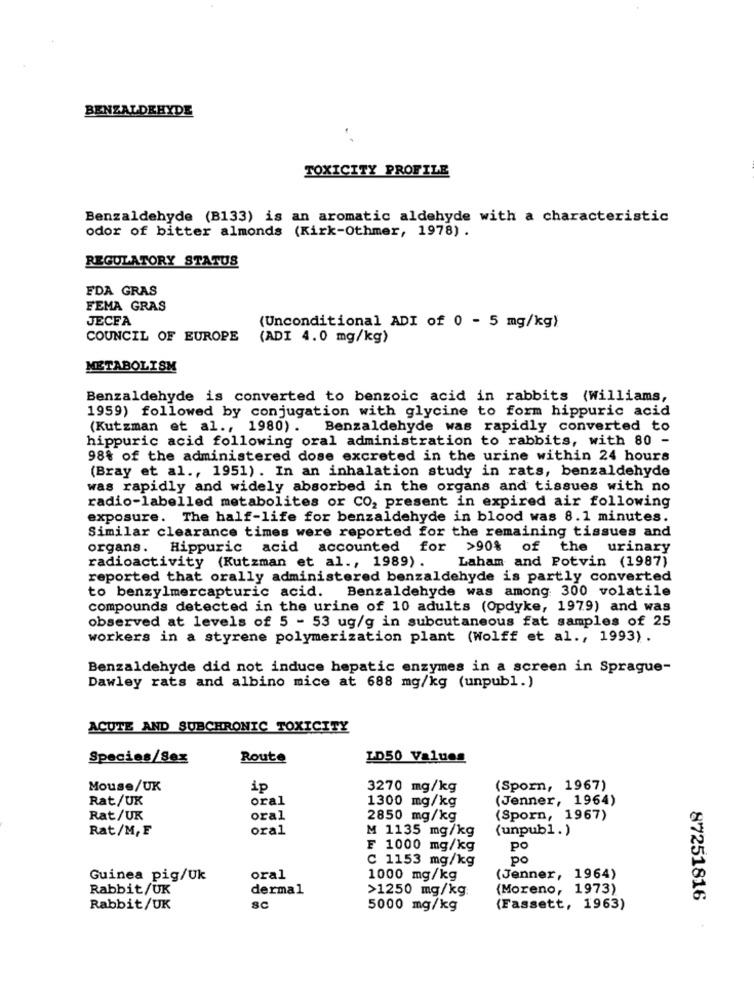
BENZALDEHYDE
TOXICITY PROFILE
Benzaldehyde (B133) is an aromatic aldehyde with a characteristic
odor of bitter almonds (Kirk-Othmer, 1978) .
REGULATORY STATUS
FDA GRAS
FEMA GRAS
JECFA
(Unconditional ADI of 0 - 5 mg/kg)
COUNCIL OF EUROPE
(ADI 4.0 mg/kg)
METABOLISM
Benzaldehyde is converted to benzoic acid in rabbits (Williams,
1959) followed by conjugation with glycine to form hippuric acid
(Kutzman et al ., 1980).
Benzaldehyde was rapidly converted to
hippuric acid following oral administration to rabbits, with 80 -
98% of the administered dose excreted in the urine within 24 hours
(Bray et al ., 1951). In an inhalation study in rats, benzaldehyde
was rapidly and widely absorbed in the organs and tissues with no
radio-labelled metabolites or CO, present in expired air following
exposure. The half-life for benzaldehyde in blood was 8.1 minutes.
Similar clearance times were reported for the remaining tissues and
organs. Hippuric acid accounted for >90% of
the urinary
Laham and Potvin (1987)
radioactivity (Kutzman et al ., 1989).
reported that orally administered benzaldehyde is partly converted
to benzylmercapturic acid. Benzaldehyde was among 300 volatile
compounds detected in the urine of 10 adults (Opdyke, 1979) and was
observed at levels of 5 - 53 ug/g in subcutaneous fat samples of 25
workers in a styrene polymerization plant (Wolff et al ., 1993).
Benzaldehyde did not induce hepatic enzymes in a screen in Sprague-
Dawley rats and albino mice at 688 mg/kg (unpubl.)
ACUTE AND SUBCHRONIC TOXICITY
Species/Sex
Route
LD50 Values
Mouse/UK
ip
3270 mg/kg
(Sporn, 1967)
Rat/UK
oral
1300 mg/kg
(Jenner, 1964)
Rat/UK
oral
2850 mg/kg
(Sporn, 1967)
Rat/M,F
oral
M 1135 mg/kg
(unpubl.)
F 1000 mg/kg
Po
C 1153 mg/kg
po
Guinea pig/Uk
oral
1000 mg/kg
(Jenner, 1964)
Rabbit/UK
dermal
>1250 mg/kg
(Moreno, 1973)
87251816
Rabbit/UK
Sc
5000 mg/kg
(Fassett, 1963)